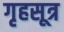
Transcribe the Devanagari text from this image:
गृहसूत्र